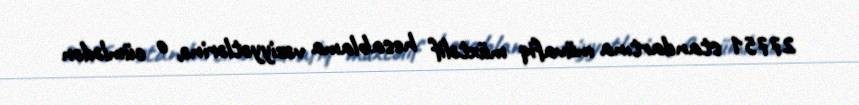
27751 standartına müvafiq müxtəlif hesablama vəziyyətlərinə, o cümlədən